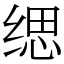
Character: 缌